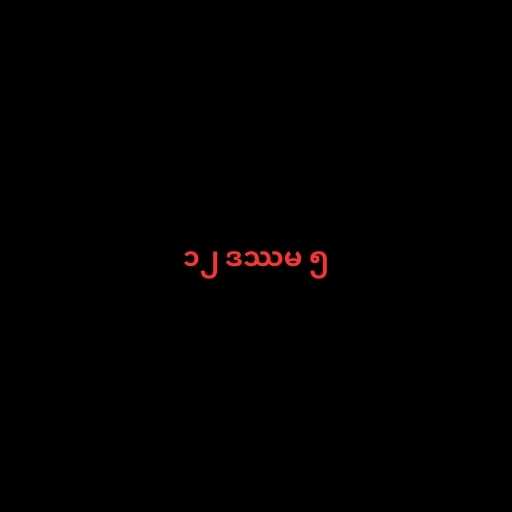
၁၂ ဒဿမ ၅